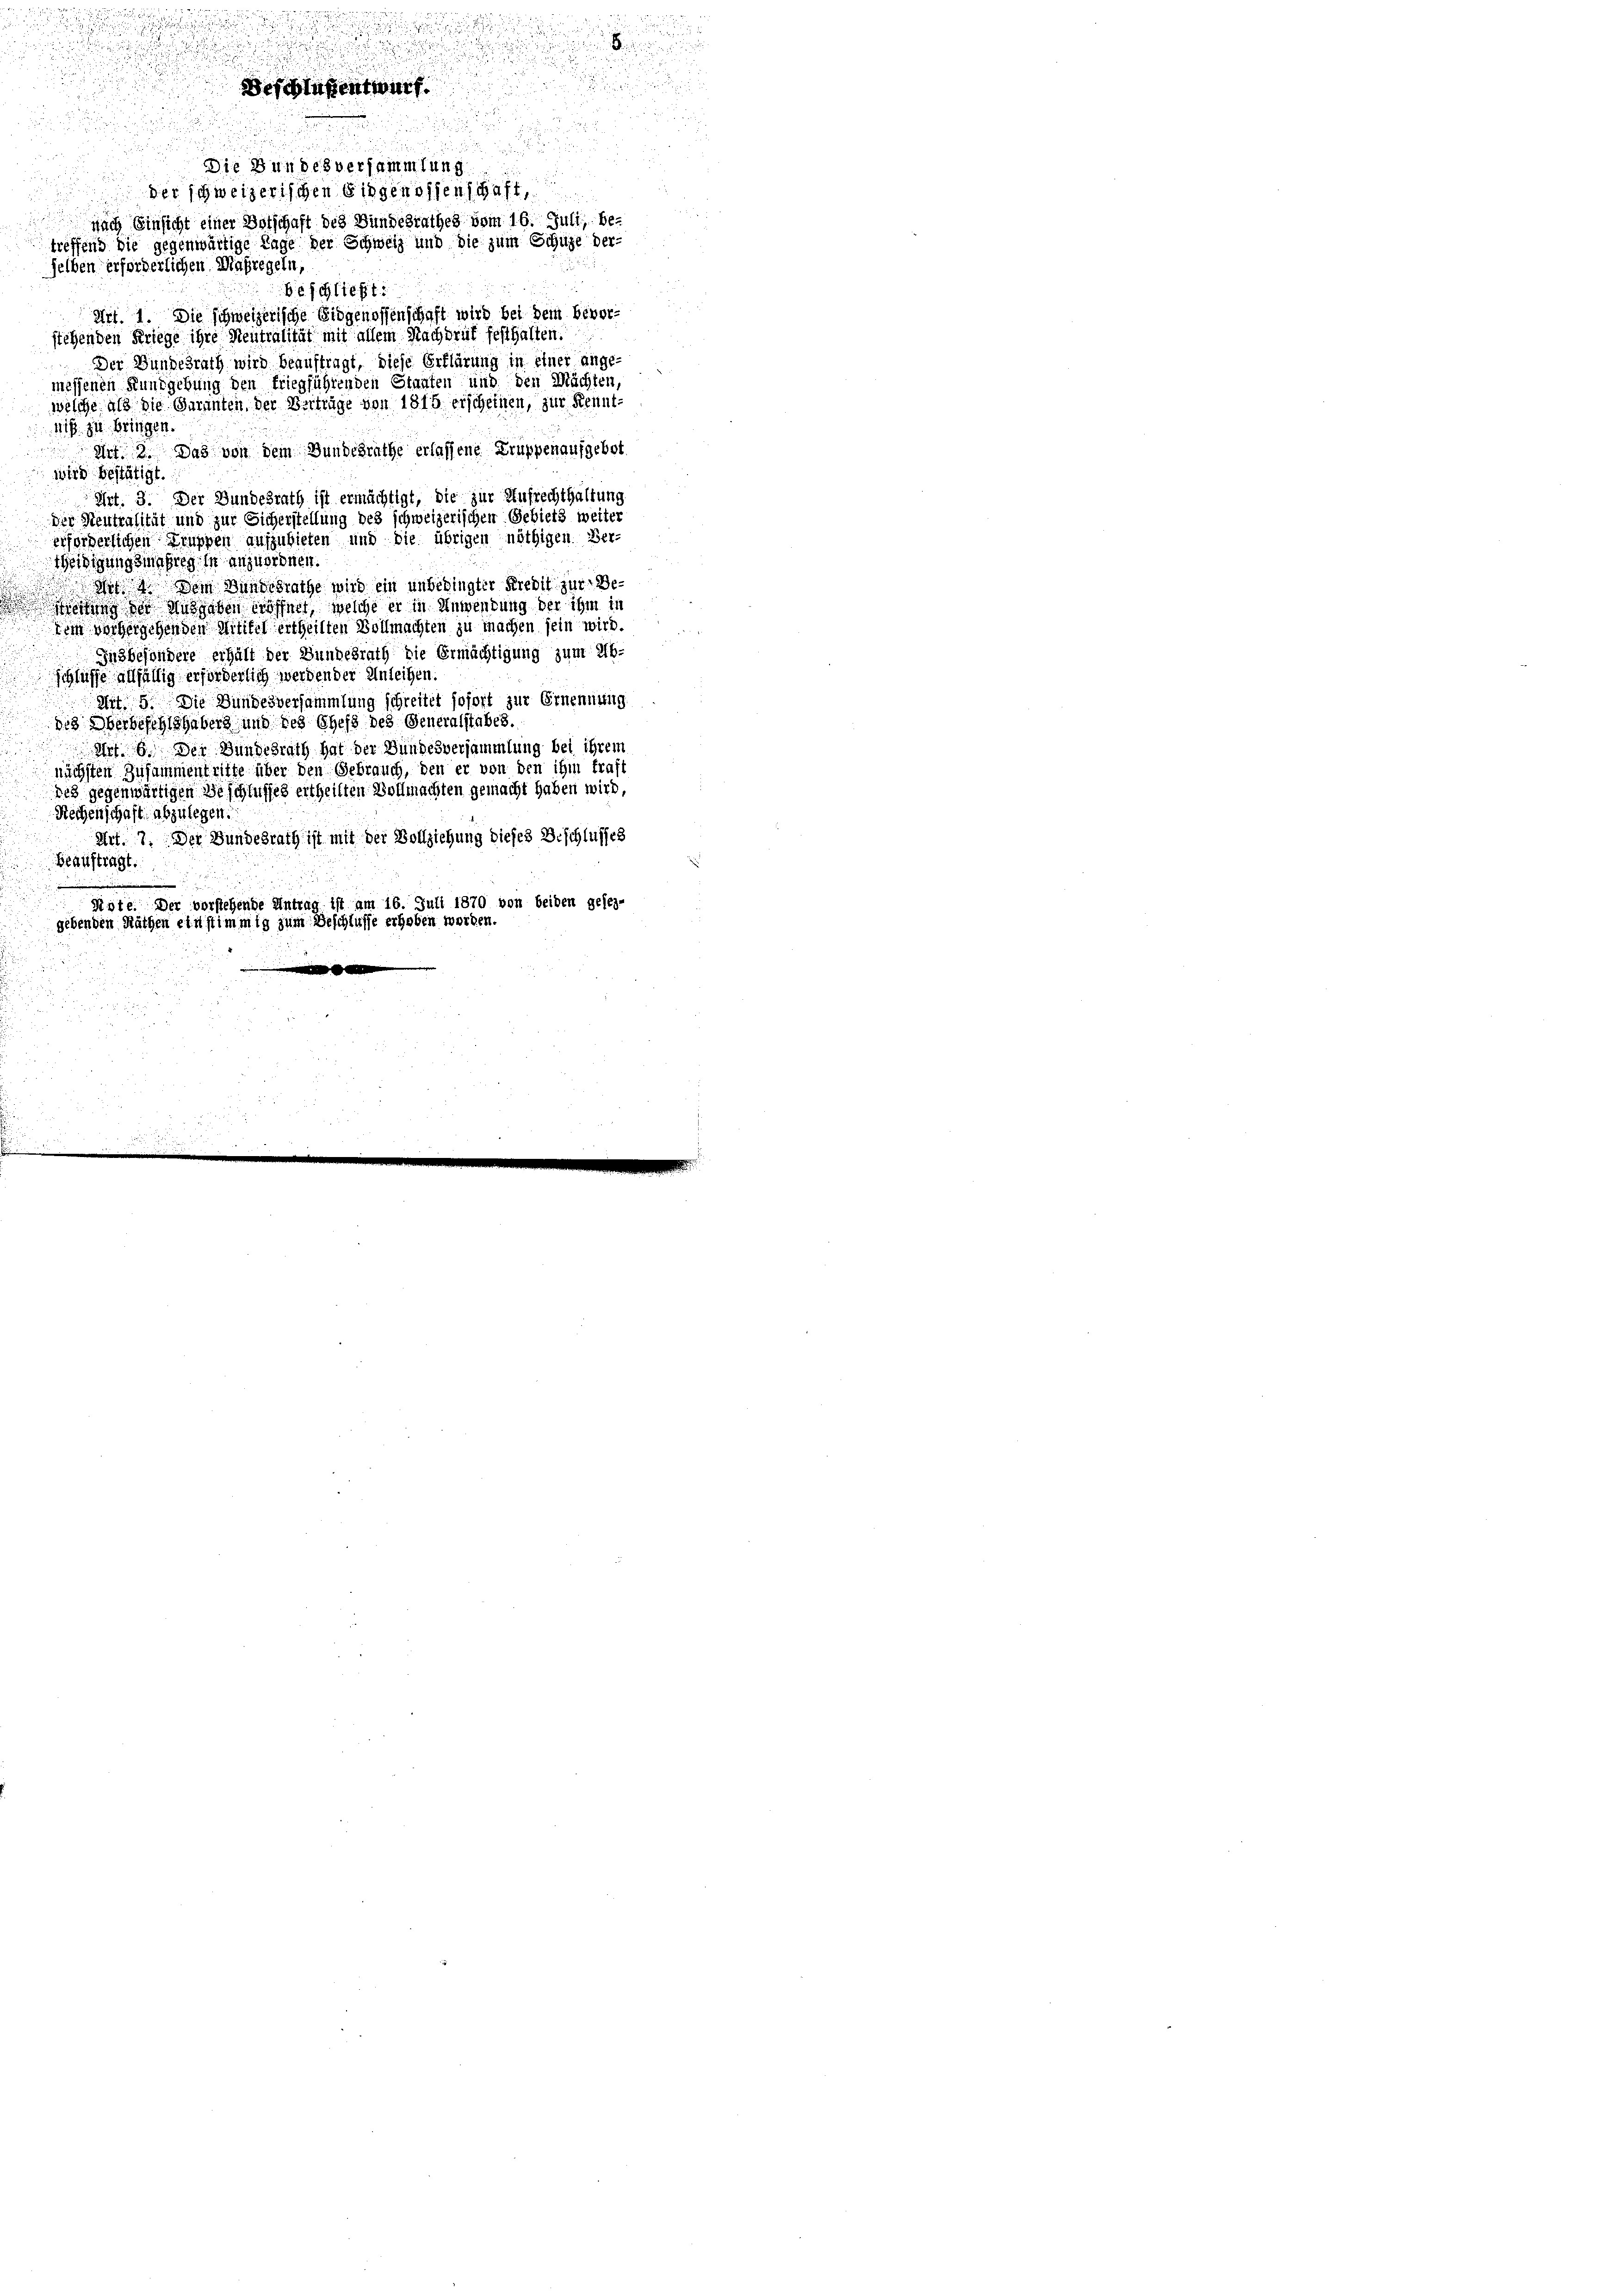
Beschließt:
Art. 1. Die schweizerische Eidgenossenschaft wird bei dem bevorstehenden Kriege ihre Neutralität mit allem Nachdruk festhalten.
Der Bundesrath wird beauftragt, diese Erklärung in einer ange-
messenen Kundgebung den Friegführenden Staaten und den Mächten,
welche als die Garanten, der Beiträge von 1815 erscheinen, zur Kennt-
Nis zu bringen.
Art. 3. Das von dem Gundesrathe erlassene Gruppenaufgebot
wird bestätigt.
Art. 3. Der Bundesrath ist ermächtigt, die zur Aufrechthaltung
der Neutralität und zur Sicherstellung des schweizerischen Gebiets weiter
erforderlichen Gruppen aufzubieten und die übrigen nöthigen Ber-
teidigungsmaßrege in anzuordnen.
det. Dein Bundesrathe wird ein unbedingter Kredit zur Beestung der Ausgaben eröffnet, welche er in Anwendung der ihm in
dein vorhergehenden Mitikel ertheilten Vollmachten zu machen sein wird.
Jusbesondere erhält der Bundesrath die Ermächtigung zum Ab-
schlüsse allfällig erforderlich werden der Anleihen
Art. 9. Die Bundesversammlung schreitet sofort zur Ernennung
des Oberbefehlshabers, und des Chefs des Generalstabes.
Art. 6. Der Bundesrath hat der Bundesversammlung bei ihrem
nächsten Zusammentritte über den Gebrauch, den er von den ihm traft
des gegenwärtigen Beschlusses ertheilten Vollmachten gemacht haben wird,
Rechenschaft abzulegen.
Art. 7. Der Bundesrath ist mit der Vollziehung dieses Beschlusses
Beauftragt.
Juli 1870 von beiden geleg-
Sivte. Der vorstehende Antrag ist am
gebenden Räthen einstimmig zum Beschlusse erhoben worden.

n
u

2
Beschlüßentwurf.

.
aus
Die Bundesversammlung
der schweizerischen Eidgenossenschaft,
ch Einsicht einer Botschaft des Bundesrathes vom 16. Juli, betreffend die gegenwärtige Tage der Schweiz und die zum Schule der-
selben erforderlichen Maßregeln,